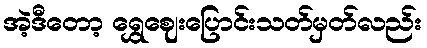
အဲ့ဒီတော့ ရွှေဈေးပြောင်းသတ်မှတ်လည်း